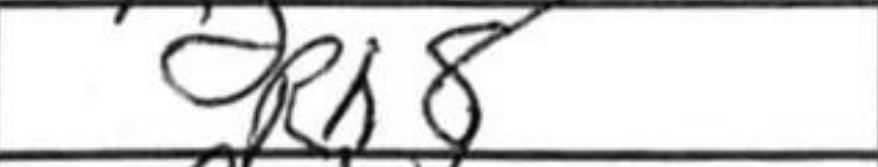
Transcription: Rh8